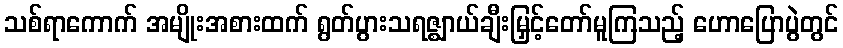
သစ်ရာကောက် အမျိုးအစားထက် ရွတ်ပွားသရဇ္ဈာယ်ချီးမြှင့်တော်မူကြသည့် ဟောပြောပွဲတွင်